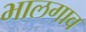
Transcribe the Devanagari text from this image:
भालगाव